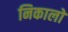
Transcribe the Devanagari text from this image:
निकालो